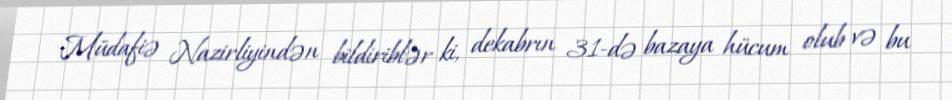
Müdafiə Nazirliyindən bildiriblər ki, dekabrın 31-də bazaya hücum olub və bu